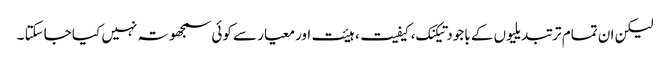
لیکن ان تمام تر تبدیلیوں کے باجود تیکنک، کیفیت، ہیئت اورمعیار سے کوئی سمجھوتہ نہیں کیا جاسکتا ۔